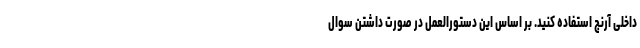
داخلی آرنج استفاده کنید. بر اساس این دستورالعمل در صورت داشتن سوال